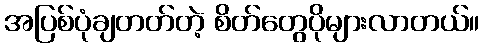
အပြစ်ပုံချတတ်တဲ့ စိတ်တွေပိုများလာတယ်။